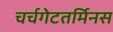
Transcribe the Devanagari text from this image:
चर्चगेटतर्मिनस